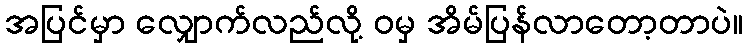
အပြင်မှာ လျှောက်လည်လို့ ဝမှ အိမ်ပြန်လာတော့တာပဲ။